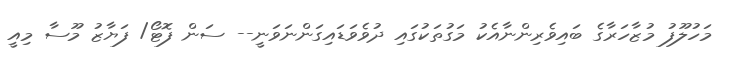
މަހުލޫފު މުޒާހަރާގެ ބައިވެރިންނާއެކު މަގުތަކުގައި ދުވެވަޑައިގަންނަވަނީ-- ސަން ފޮޓޯ/ ފަޔާޒު މޫސާ މިއީ